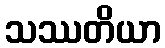
သဿတိယာ